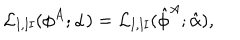
{ \cal L } _ { \mathrm { I , I I } } ( \phi ^ { A } ; \alpha ) = { \cal L } _ { \mathrm { I , I I } } ( \hat { \phi } ^ { A } ; \hat { \alpha } ) ,